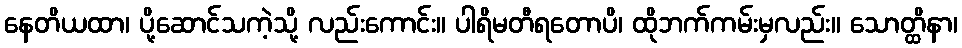
နေတိယထာ၊ ပို့ဆောင်သကဲ့သို့ လည်းကောင်း။ ပါရိမတီရတောပိ၊ ထိုဘက်ကမ်းမှလည်း။ သောတ္ထိနာ၊